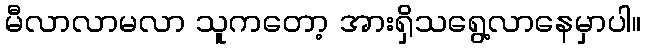
မီလာလာမလာ သူကတော့ အားရှိသရွေ့လာနေမှာပါ။